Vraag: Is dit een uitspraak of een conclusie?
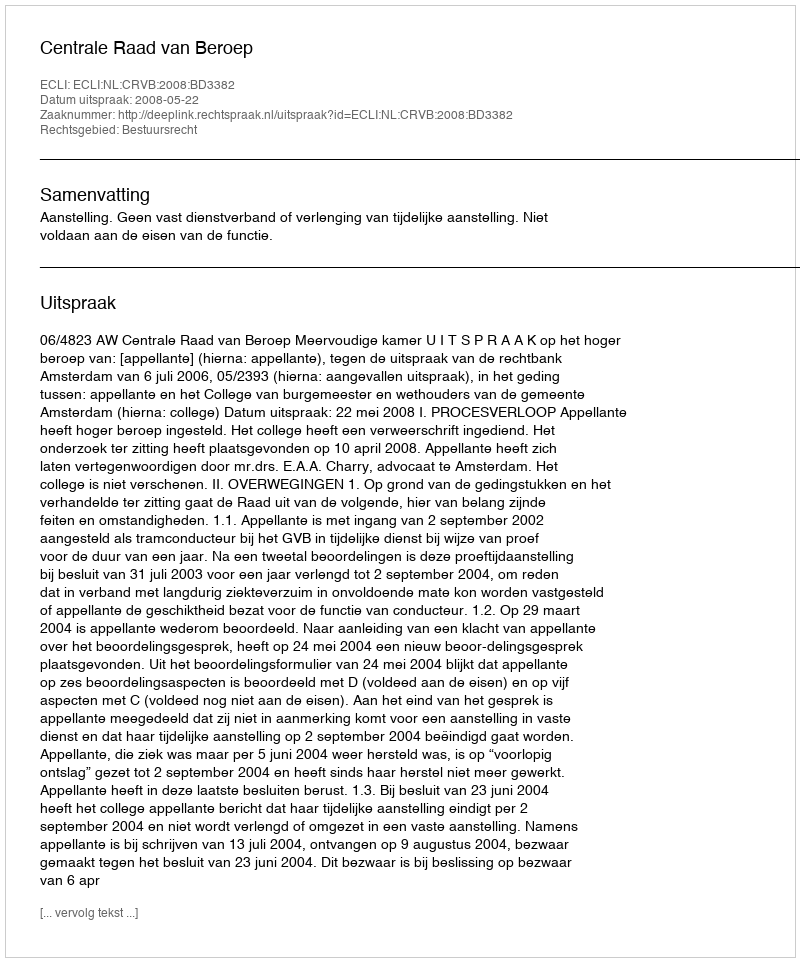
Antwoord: Uitspraak